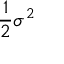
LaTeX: { \frac { 1 } { 2 } } \sigma ^ { 2 }